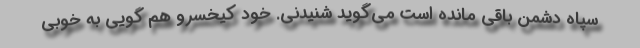
سپاه دشمن باقی مانده است می‌گوید شنیدنی. خود کیخسرو هم گویی به خوبی